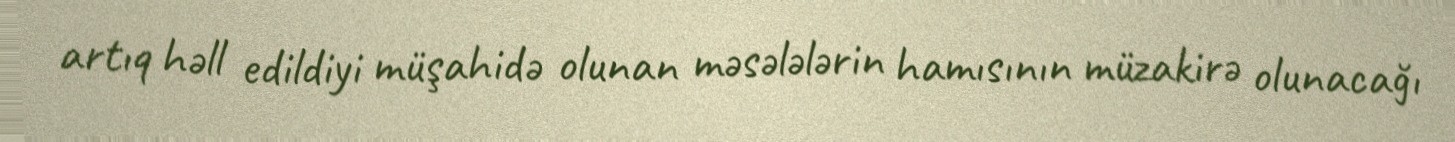
artıq həll edildiyi müşahidə olunan məsələlərin hamısının müzakirə olunacağı